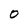
Character: O